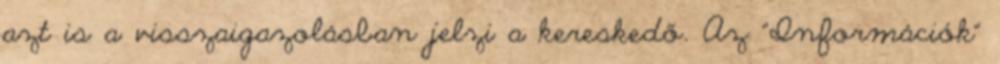
azt is a visszaigazolásban jelzi a kereskedő. Az "Információk"